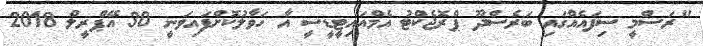
"ރަސްމީ ސިފައެއްގައި ބަރެސްދޫ ޕްރޮޖެކްޓު އެމްއައިޓީޑީސީ އާ ހަވާލުކޮށްފައިވަނީ 30 އޭޕްރީލް 2018